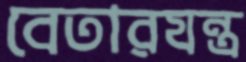
বেতারযন্ত্র